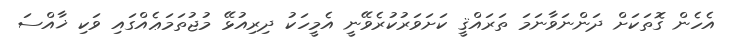
އެހެން ގޮތަކަށް ދަންނަވާނަމަ ތަރައްޤީ ކަށަވަރުކުރެވޭނީ އެމީހަކު ދިރިއުޅޭ މުޖުތަމަޢެއްގައި ވަކި ޚާއްސަ